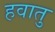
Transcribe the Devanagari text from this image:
हवातु